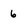
Character: 6